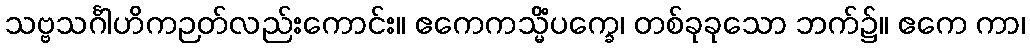
သဗ္ဗသင်္ဂါဟိကဉတ်လည်းကောင်း။ ဧကေကသ္မိံပက္ခေ၊ တစ်ခုခုသော ဘက်၌။ ဧကေ ကာ၊